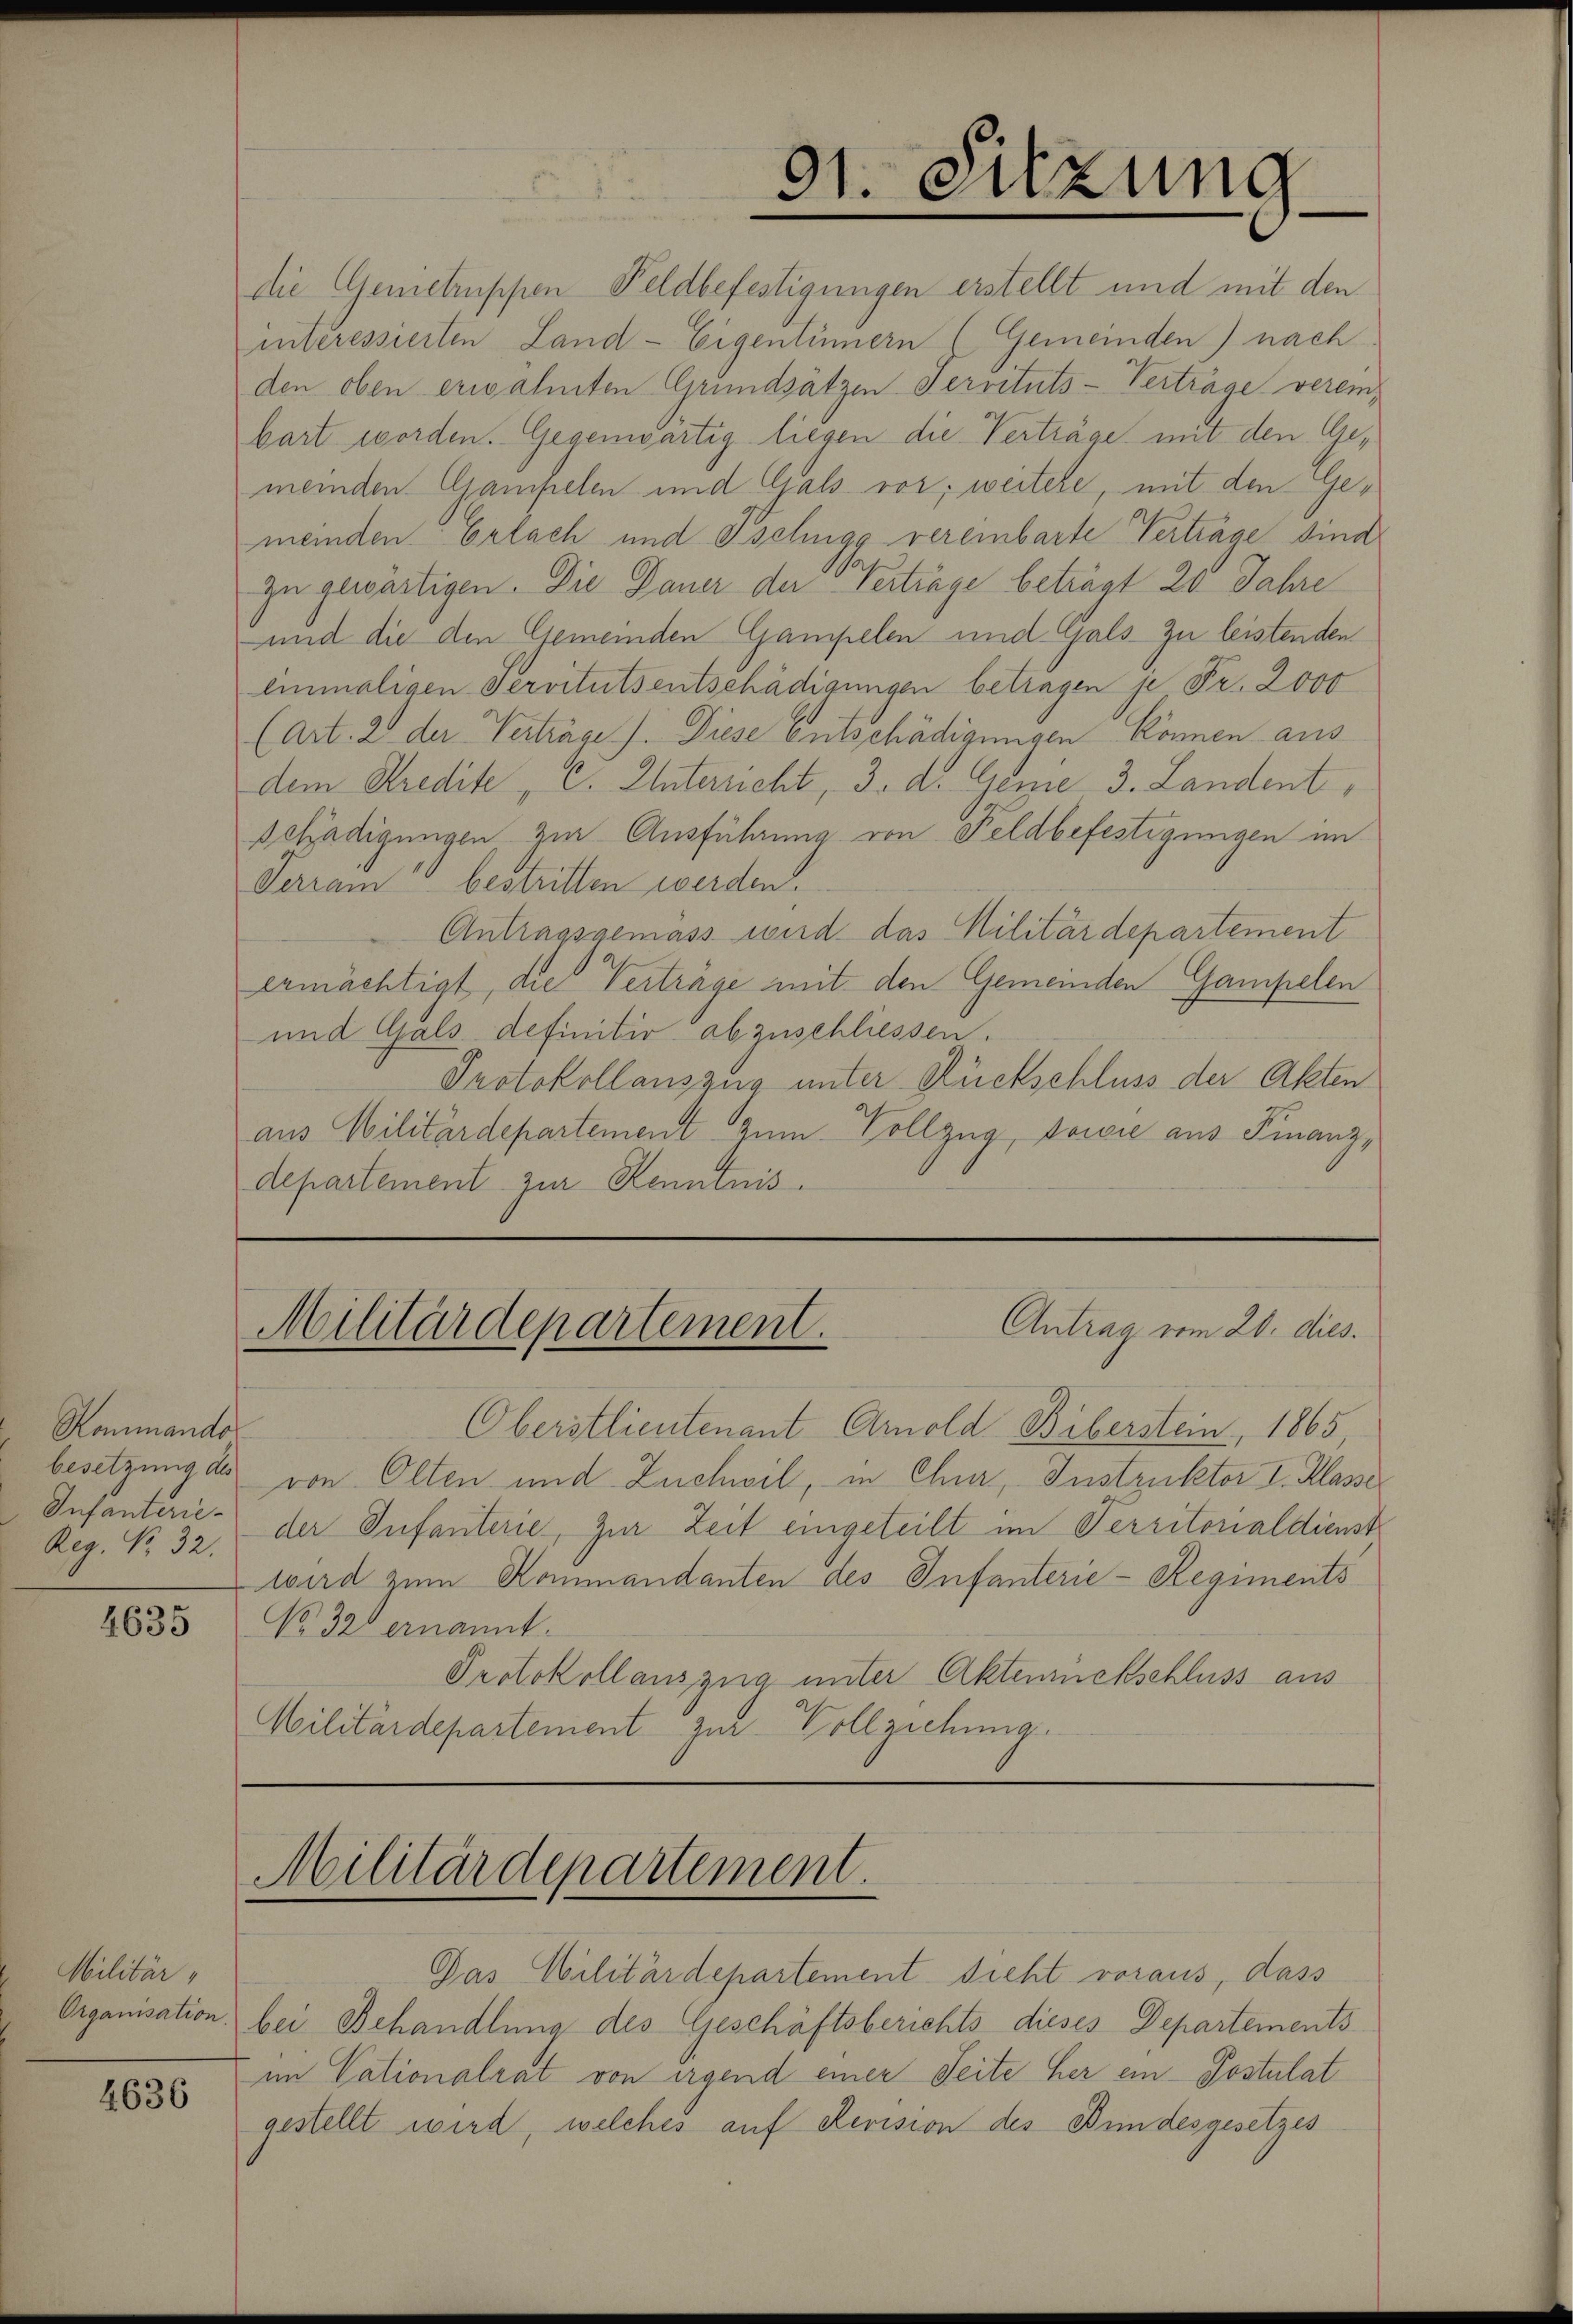
Kommando
besetzung des
Infanterie-
Reg. No. 32.

4635

Militär,

4636

die Genietruppen Feldbefestigungen erstellt und mit den
interessierten Land- Eigentümern (Gemeinden) nach
den oben erwähnten Grundsätzen Servituts-Verträge vereinbart worden. Gegenwärtig liegen die Verträge mit den Gemeinden Gampelen und Gals vor; weitere, mit den Gemeinden Erlach und Ischigg vereinbarte Verträge sind
zu gewärtigen. Die Dauer der Vertrage beträgt 20 Jahre
und die den Gemeinden Gampelen und Gals- zu leistenden
Einmaligen Servitutsentschädigungen betragen je Fr. 2000
(Art. 2 der Verträge). Diese Entschädigungen können aus
dem Kredite, C. Unterricht, 3. d. Geme 3. Landentschädigungen, zur Ausführung von Feldbefestigungen im
Ferrain bestritten werden.
Antragsgemäss wird das Militärdepartement
ermächtigt, die Vertrage mit den Gemeinden Gampelen
und Gals definitiv abzuschliessen.
Protokollauszug unter Rückschluss der Akten
aus Militärdepartement zum Vollzug, sowie aus Finanzdepartement zur Kenntnis.

31. Sitzung

Antrag vom 20. dies.
Militärdepartement.

Militärdepartement.

Oberstlieutenant Arnold Biberstein, 1865,
von Olten und Zuchwil, in Chur, Instruktor I. Klasser
der Infanterie, zur Zeit eingeteilt im Territorialdienst
wird zum Kommandanten des Infanterie-Regiments
No 32 ernannt.
Protokollauszug unter Aktenrückschluss aus
Militärdepartement zur Vollziehung

Das Militärdepartement dicht voraus, dass
Organisation bei Behandlung des Geschäftsberichts dieses Departements
im Tationalrat von irgend einen Seite her ein Postulat
gestellt wird, welches auf Revision des Bundesgesetzes